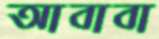
আবাবা